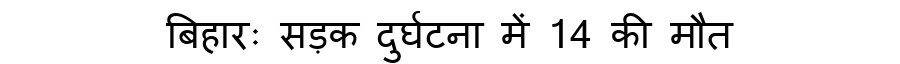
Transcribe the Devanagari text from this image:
बिहारः सड़क दुर्घटना में 14 की मौत